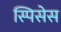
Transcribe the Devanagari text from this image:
स्पिसेस